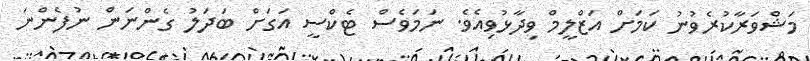
މަޝްވަރާކުރެވުނު ކަމަށް އަޒްލީމް ވިދާޅުވިއެވެ. ނަމަވެސް ޓެކްސީ އަގަށް ބަދަލު ގެންނަން ނުފެންނަ